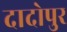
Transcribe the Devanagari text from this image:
दादोपुर